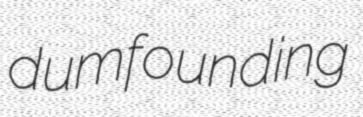
dumfounding